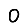
Digit: 0